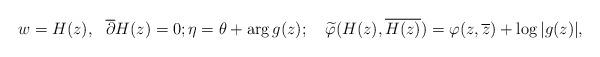
LaTeX: \begin{align*} &w=H(z),\ \ \overline\partial H(z)=0;\eta=\theta+\mathrm{arg}\,g(z); \quad\widetilde\varphi(H(z), \overline {H(z)})=\varphi(z, \overline z)+\log|g(z)|,\end{align*}